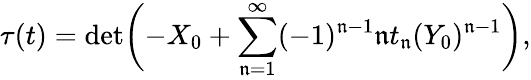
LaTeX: \tau(t)=\operatorname*{det}\biggl(-X_{0}+\sum_{\mathfrak{n}=1}^{\infty}(-1)^{\mathfrak{n}-1}\mathfrak{n}t_{\mathfrak{n}}(Y_{0})^{\mathfrak{n}-1}\biggr),